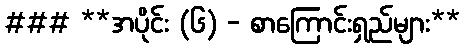
### **အပိုင်း (၆) - စာကြောင်းရှည်များ**